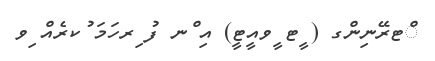
ްޓރޭނިންގ ( ީޓ ީވއީޓީ) އި ްނ ފު ިރހަމަ ުކރެއް ިވ